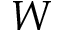
W